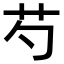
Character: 芍